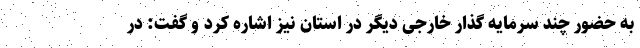
به حضور چند سرمایه گذار خارجی دیگر در استان نیز اشاره کرد و گفت: در